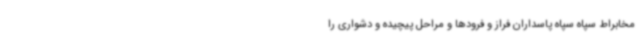
مخابراط سپاه سپاه پاسداران فراز و فرودها و مراحل پیچیده و دشواری را